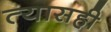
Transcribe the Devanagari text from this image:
त्यासही